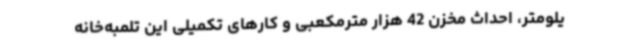
یلومتر، احداث مخزن 42 هزار مترمکعبی و کارهای تکمیلی این تلمبه‌خانه